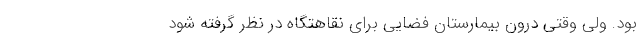
بود. ولی وقتی درون بیمارستان فضایی برای نقاهتگاه در نظر گرفته شود